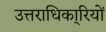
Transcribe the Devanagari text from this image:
उत्तराधिका्रियों